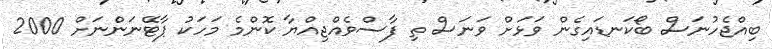
ބިއްޖެހުނަސް ބޯކަނޑައިގެން ވަޅަށް ވަނަސް ތި ފާސްވެއްޖިއްޔާ ކޮންމެ މަހަކު ޕާޓޭނަންނަށް 2000